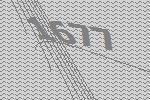
1677